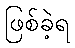
ဖြစ်ခဲ့ရ